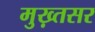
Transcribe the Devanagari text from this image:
मुख़्तसर